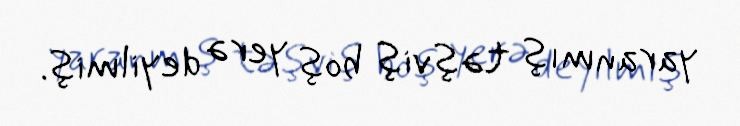
yaranmış təşviş boş yerə deyilmiş.